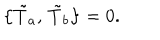
LaTeX: \bigl \{ \tilde { T } _ { a } , \, \tilde { T } _ { b } \bigr \} = 0 .